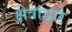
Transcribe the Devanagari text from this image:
क्षेत्रांद्वारे